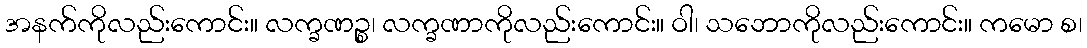
အနက်ကိုလည်းကောင်း။ လက္ခဏဉ္စ၊ လက္ခဏာကိုလည်းကောင်း။ ဝါ၊ သဘောကိုလည်းကောင်း။ ကမော စ၊